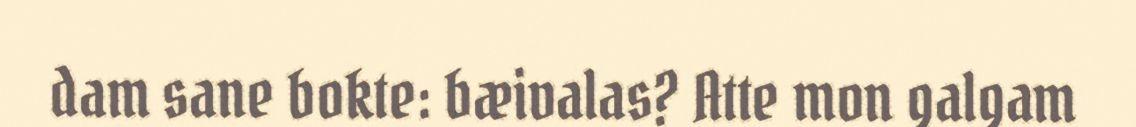
dam sane bokte: bæivalas? Atte mon galgam